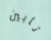
تأبين